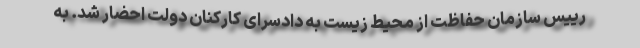
رییس سازمان حفاظت از محیط زیست به دادسرای کارکنان دولت احضار شد. به